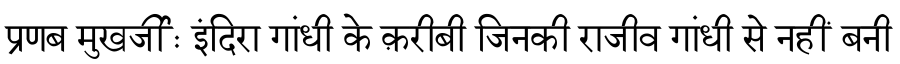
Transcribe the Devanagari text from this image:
प्रणब मुखर्जीः इंदिरा गांधी के क़रीबी जिनकी राजीव गांधी से नहीं बनी